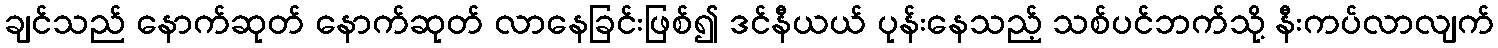
ချင်သည် နောက်ဆုတ် နောက်ဆုတ် လာနေခြင်းဖြစ်၍ ဒင်နီယယ် ပုန်းနေသည့် သစ်ပင်ဘက်သို့ နီးကပ်လာလျက်